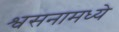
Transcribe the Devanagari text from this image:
श्वसनामध्ये